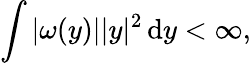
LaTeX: \int|\omega(y)||y|^{2}\, \mathrm{d}y<\infty,